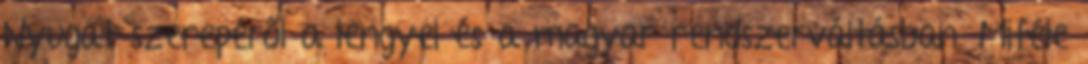
Nyugat szerepéről a lengyel és a magyar rendszerváltásban. Miféle